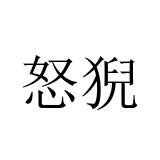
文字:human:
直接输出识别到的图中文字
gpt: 怒猊